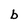
Character: b